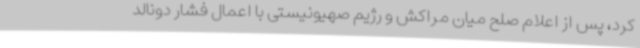
کرد، پس از اعلام صلح میان مراکش و رژیم صهیونیستی با اعمال فشار دونالد